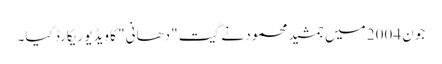
جون 2004 میں جمشید محمود نے گیت "دھانی" کا ویڈیو ریکارڈ کیا۔